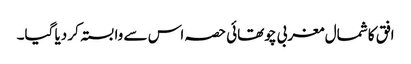
افق کا شمال مغربی چوتھائی حصہ اس سے وابستہ کر دیا گیا۔